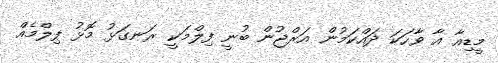
މީޑިއާ އާ ވާހަކަ ދައްކަމުން އަރްޖުން ބުނީ ފިލްމަކީ ރަނގަޅު މޮޅު ފިލްމެއް